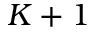
K + 1